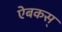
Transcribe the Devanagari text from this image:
ऐबकस्